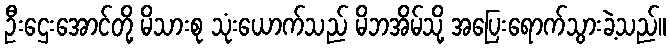
ဦးဌေးအောင်တို့ မိသားစု သုံးယောက်သည် မိဘအိမ်သို့ အပြေးရောက်သွားခဲ့သည်။